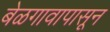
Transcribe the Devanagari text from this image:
बेळगावापासून